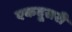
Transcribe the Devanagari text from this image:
एकदूसरी